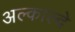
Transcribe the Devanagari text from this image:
अल्काल्दे